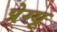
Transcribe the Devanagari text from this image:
प्रेग्यू